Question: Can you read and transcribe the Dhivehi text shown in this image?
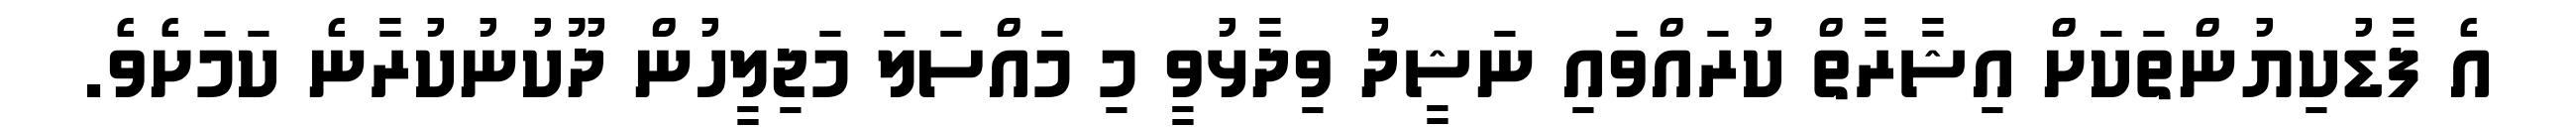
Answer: އެ ފާޑުކިޔުންތަކަށް އިޝާރާތް ކުރައްވައި ނަޝީދު ވިދާޅުވީ މި މައްސަލަ މަޖިލީހުން ދޫކުނުކުރާނެ ކަމަށެވެ.